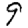
Digit: 9